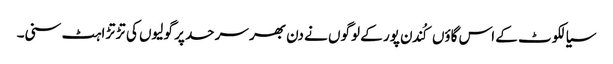
سیالکوٹ کے اس گاؤں کُندن پور کے لوگوں نے دن بھر سرحد پر گولیوں کی تڑتڑاہٹ سنی۔